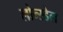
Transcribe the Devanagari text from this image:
लोन्स्डेल